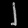
Digit: ၂